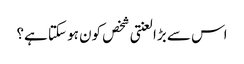
اس سے بڑا لعنتی شخص کون ہو سکتا ہے؟